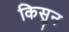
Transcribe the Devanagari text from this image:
किसुन